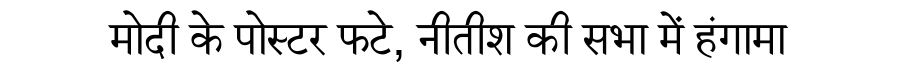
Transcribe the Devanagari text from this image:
मोदी के पोस्टर फटे, नीतीश की सभा में हंगामा